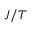
{ \mathbf { } } J / T